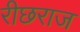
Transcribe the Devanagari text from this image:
रीछराज